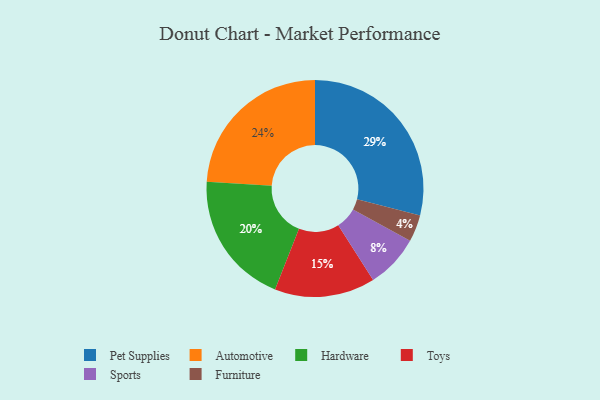
{"axis": {"x": "Category", "y": "Percentage"}, "legend": ["Automotive", "Furniture", "Hardware", "Pet Supplies", "Sports", "Toys"], "data": [{"x": "Toys", "y": 15, "type": "Toys"}, {"x": "Pet Supplies", "y": 29, "type": "Pet Supplies"}, {"x": "Furniture", "y": 4, "type": "Furniture"}, {"x": "Automotive", "y": 24, "type": "Automotive"}, {"x": "Sports", "y": 8, "type": "Sports"}, {"x": "Hardware", "y": 20, "type": "Hardware"}]}